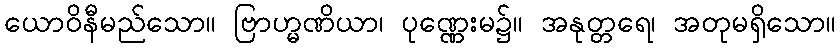
ယောဝိနီမည်သော။ ဗြာဟ္မဏိယာ၊ ပုဏ္ဏေးမ၌။ အနုတ္တရေ၊ အတုမရှိသော။